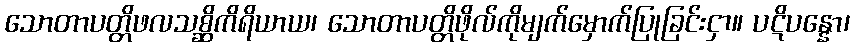
သောတာပတ္တိဖလသစ္ဆိကိရိယာယ၊ သောတာပတ္တိဖိုလ်ကိုမျက်မှောက်ပြုခြင်းငှာ။ ပဋိပန္နော၊